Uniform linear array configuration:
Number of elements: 48
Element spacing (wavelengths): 0.5
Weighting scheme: binomial
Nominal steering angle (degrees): -30
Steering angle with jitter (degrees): -29.148
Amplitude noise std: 0.05
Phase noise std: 0.05

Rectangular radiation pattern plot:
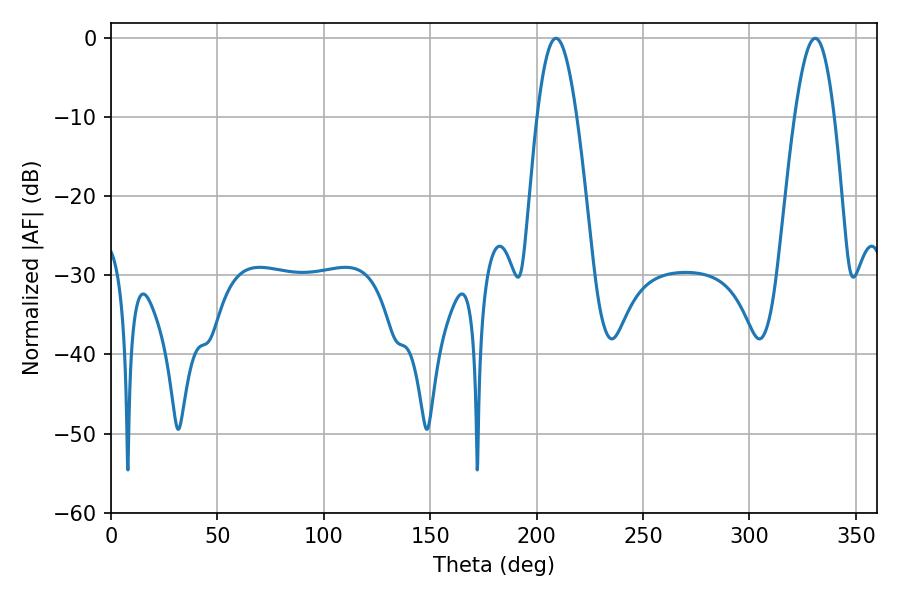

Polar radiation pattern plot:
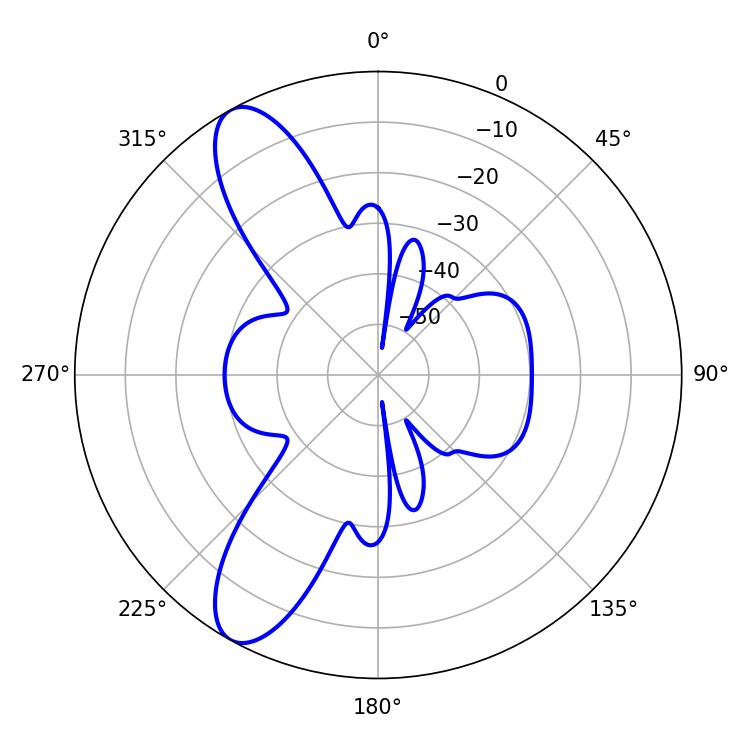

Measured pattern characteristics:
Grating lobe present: FALSE
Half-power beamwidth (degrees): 10.08
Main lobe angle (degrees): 209.16